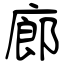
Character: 廊